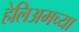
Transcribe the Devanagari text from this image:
हेलिअमच्या